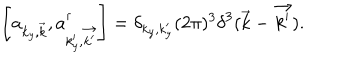
LaTeX: \left[ a _ { { k _ { y } } , \vec { k } } , a _ { { k _ { y } ^ { \prime } } , \vec { k ^ { \prime } } } ^ { \dagger } \right] = \delta _ { { k _ { y } } , { k _ { y } ^ { \prime } } } ( 2 \pi ) ^ { 3 } { \delta } ^ { 3 } ( \vec { k } - \vec { k ^ { \prime } } ) .